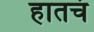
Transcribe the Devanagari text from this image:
हातचं